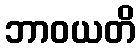
ဘာဝယတိ